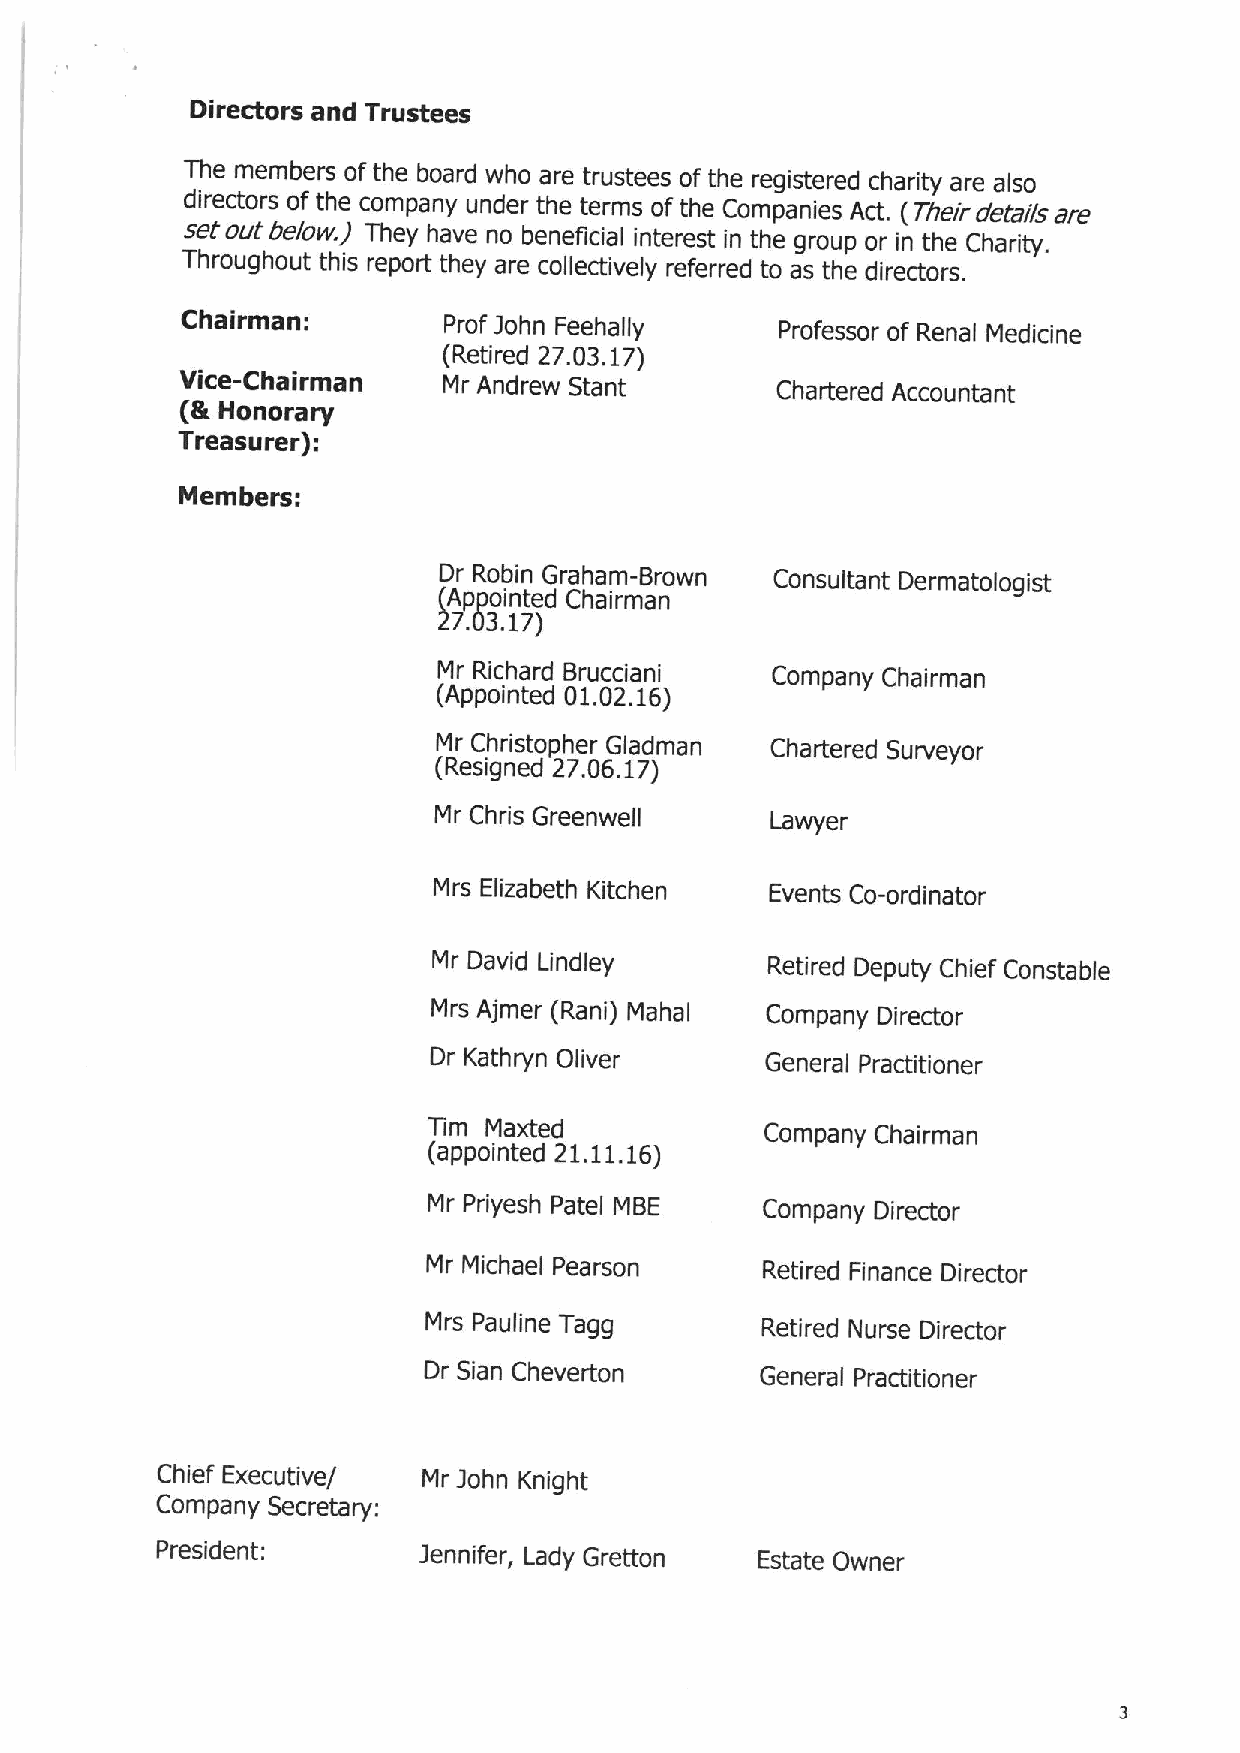
glia~ois euP IJhsiaas
 UIB wawqais og14B qoeip M4o eia CJnpaas og14BJB6ISZBJBPo4eJ!4 eia elso
 PIJBWOJS og ea oowdeuA nupai~4B SBJWS og auqa ~owdeU!as VP' ) gqajJ paie&lseJB
 sag ong qaqw( ~aA 4ena uo qauagpeI !u&BJBW!u S4B 6iond oJ lu t4B g4eilg
 Z4Jon64onS ols Jadoy iqaA eia oollaolnalA JagaJJBP ~o es wap!JBPOJS
 gqeliiueU:       diod koqU RBB4ell~    dio~assoJ og aauel Naplolua
 )'i!JBP ZL'OC'TL(
 AIBB-$4e laeV    NJ f!IUPJBM g)eug      gqeyaiap Vooonugeu&
 )%
 HOUOJebJ
 .JJBeshJBJ(:
 wawqBJS:
 QJ goqlU QJe4ew-BJQMU  gousnlJeug QBJwe&olo6!sg
 )Vddolu&ap gqe!Jweu
 ZOE TL(
 NJ $134eJP 8Jno3leul   gowdeuA gqeliweu
 )VddolWBP OT'OZ'T9(
 NJ gqilsgodqaJ 9!epweu ~4eyaiap snJABAOJ
 )3as!6UBP Zl'09'TZ(
 NJ $4JIs QJBBUMBII    le!I!haJ
 Nis 3!lzeqagl QI434BU 3ABU|s go-QJPIUe)oJ
 Ni QenlP lluplaA      ~ailiap QadnlA ~4!ag gous&eqla
 NJS V(waJ)~eU!( Neqel  gowdeuA QIJBPOJ
 QJ l&e&44U DI!hai      gauaiel dicA!AOUBJ
 Uw  Wepap
 gowdeuA gqeliweU
 )eddolu&ap ZT'TT'T9(
 Ni diaas4 dega! N83   gowdeuA QIJBPOJ
 NJ NIoqeaI daeisou    ~ag!JBP glueuoa QIJapoJ
 Nis den!IUB Je66       ~a&liap Nnisa QIJapoJ
 QJ gleu gqanayou      QBUBJel diePljlouaJ
 gqlag 3xaonllna/ NJ CO4U l&UI641
 gowdeuA saoiagek:
 diaslpau&:        rauulgaJ' 1epA BJagou 3s)ega QMUBJ